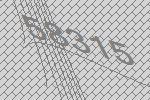
58315